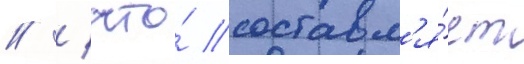
// / что́ составл'я́ет